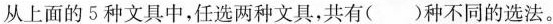
从上面的5种文具中，任选两种文具，共有( )种不同的选法。